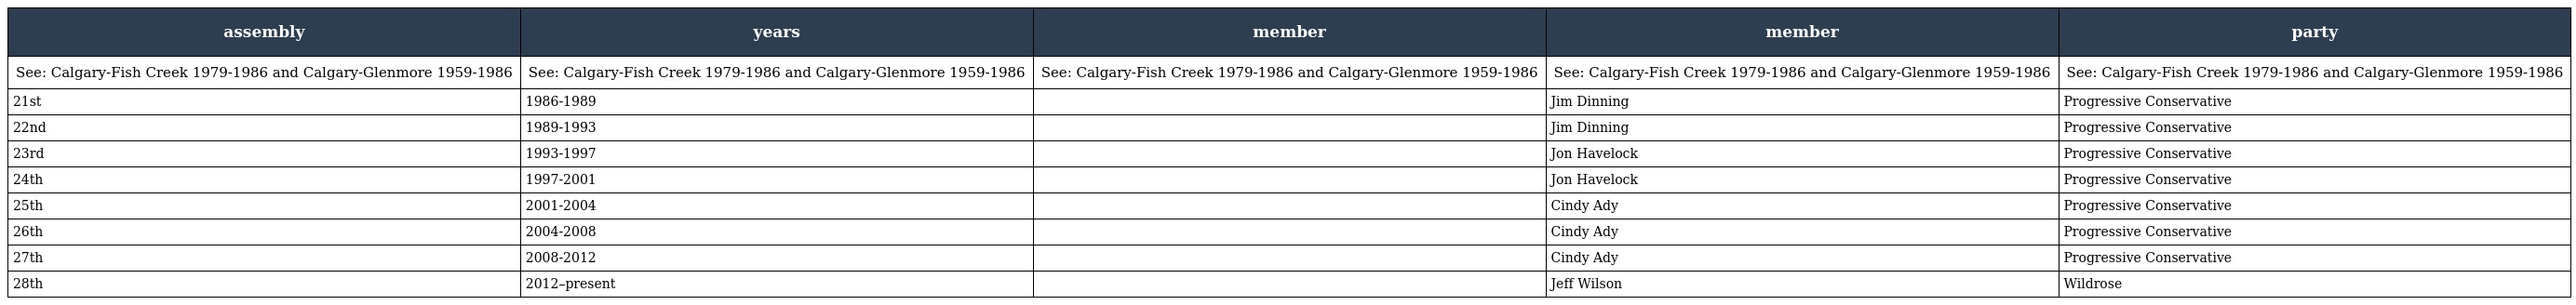
| assembly | years | member | member | party |
 | --- | --- | --- | --- | --- |
 | See: Calgary-Fish Creek 1979-1986 and Calgary-Glenmore 1959-1986 | See: Calgary-Fish Creek 1979-1986 and Calgary-Glenmore 1959-1986 | See: Calgary-Fish Creek 1979-1986 and Calgary-Glenmore 1959-1986 | See: Calgary-Fish Creek 1979-1986 and Calgary-Glenmore 1959-1986 | See: Calgary-Fish Creek 1979-1986 and Calgary-Glenmore 1959-1986 |
 | 21st | 1986-1989 |  | Jim Dinning | Progressive Conservative |
 | 22nd | 1989-1993 |  | Jim Dinning | Progressive Conservative |
 | 23rd | 1993-1997 |  | Jon Havelock | Progressive Conservative |
 | 24th | 1997-2001 |  | Jon Havelock | Progressive Conservative |
 | 25th | 2001-2004 |  | Cindy Ady | Progressive Conservative |
 | 26th | 2004-2008 |  | Cindy Ady | Progressive Conservative |
 | 27th | 2008-2012 |  | Cindy Ady | Progressive Conservative |
 | 28th | 2012–present |  | Jeff Wilson | Wildrose |